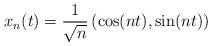
LaTeX: \begin{align*}x_n(t) = \frac{1}{\sqrt{n}} \left( \cos(nt), \sin(nt) \right)\end{align*}